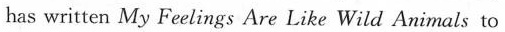
has written My Feelings Are Like Wild Animals to